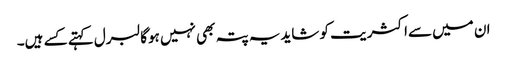
ان میں سےاکثریت کو شایدیہ پتہ بھی نہیں ہوگا لبرل کہتے کسے ہیں۔